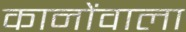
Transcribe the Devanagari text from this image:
कानोंवाला